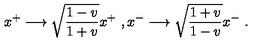
x ^ { + } \longrightarrow \sqrt { { \frac { 1 - v } { 1 + v } } } x ^ { + } \ , x ^ { - } \longrightarrow \sqrt { { \frac { 1 + v } { 1 - v } } } x ^ { - } \ .